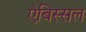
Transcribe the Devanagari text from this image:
ऐबिस्सल